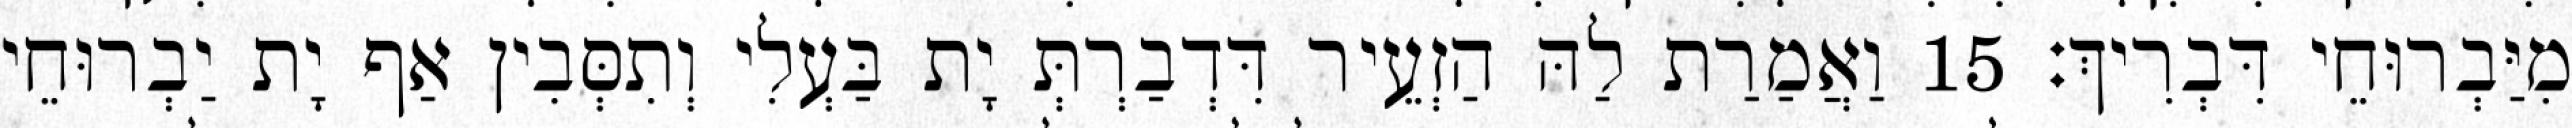
מִיַּבְרוּחֵי דִּבְרִיךְ׃ 15 וַאֲמַרַת לַהּ הַזְעֵיר דִּדְבַרְתְּ יָת בַּעְלִי וְתִסְּבִין אַף יָת יַבְרוּחֵי